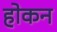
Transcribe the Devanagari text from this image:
होकन